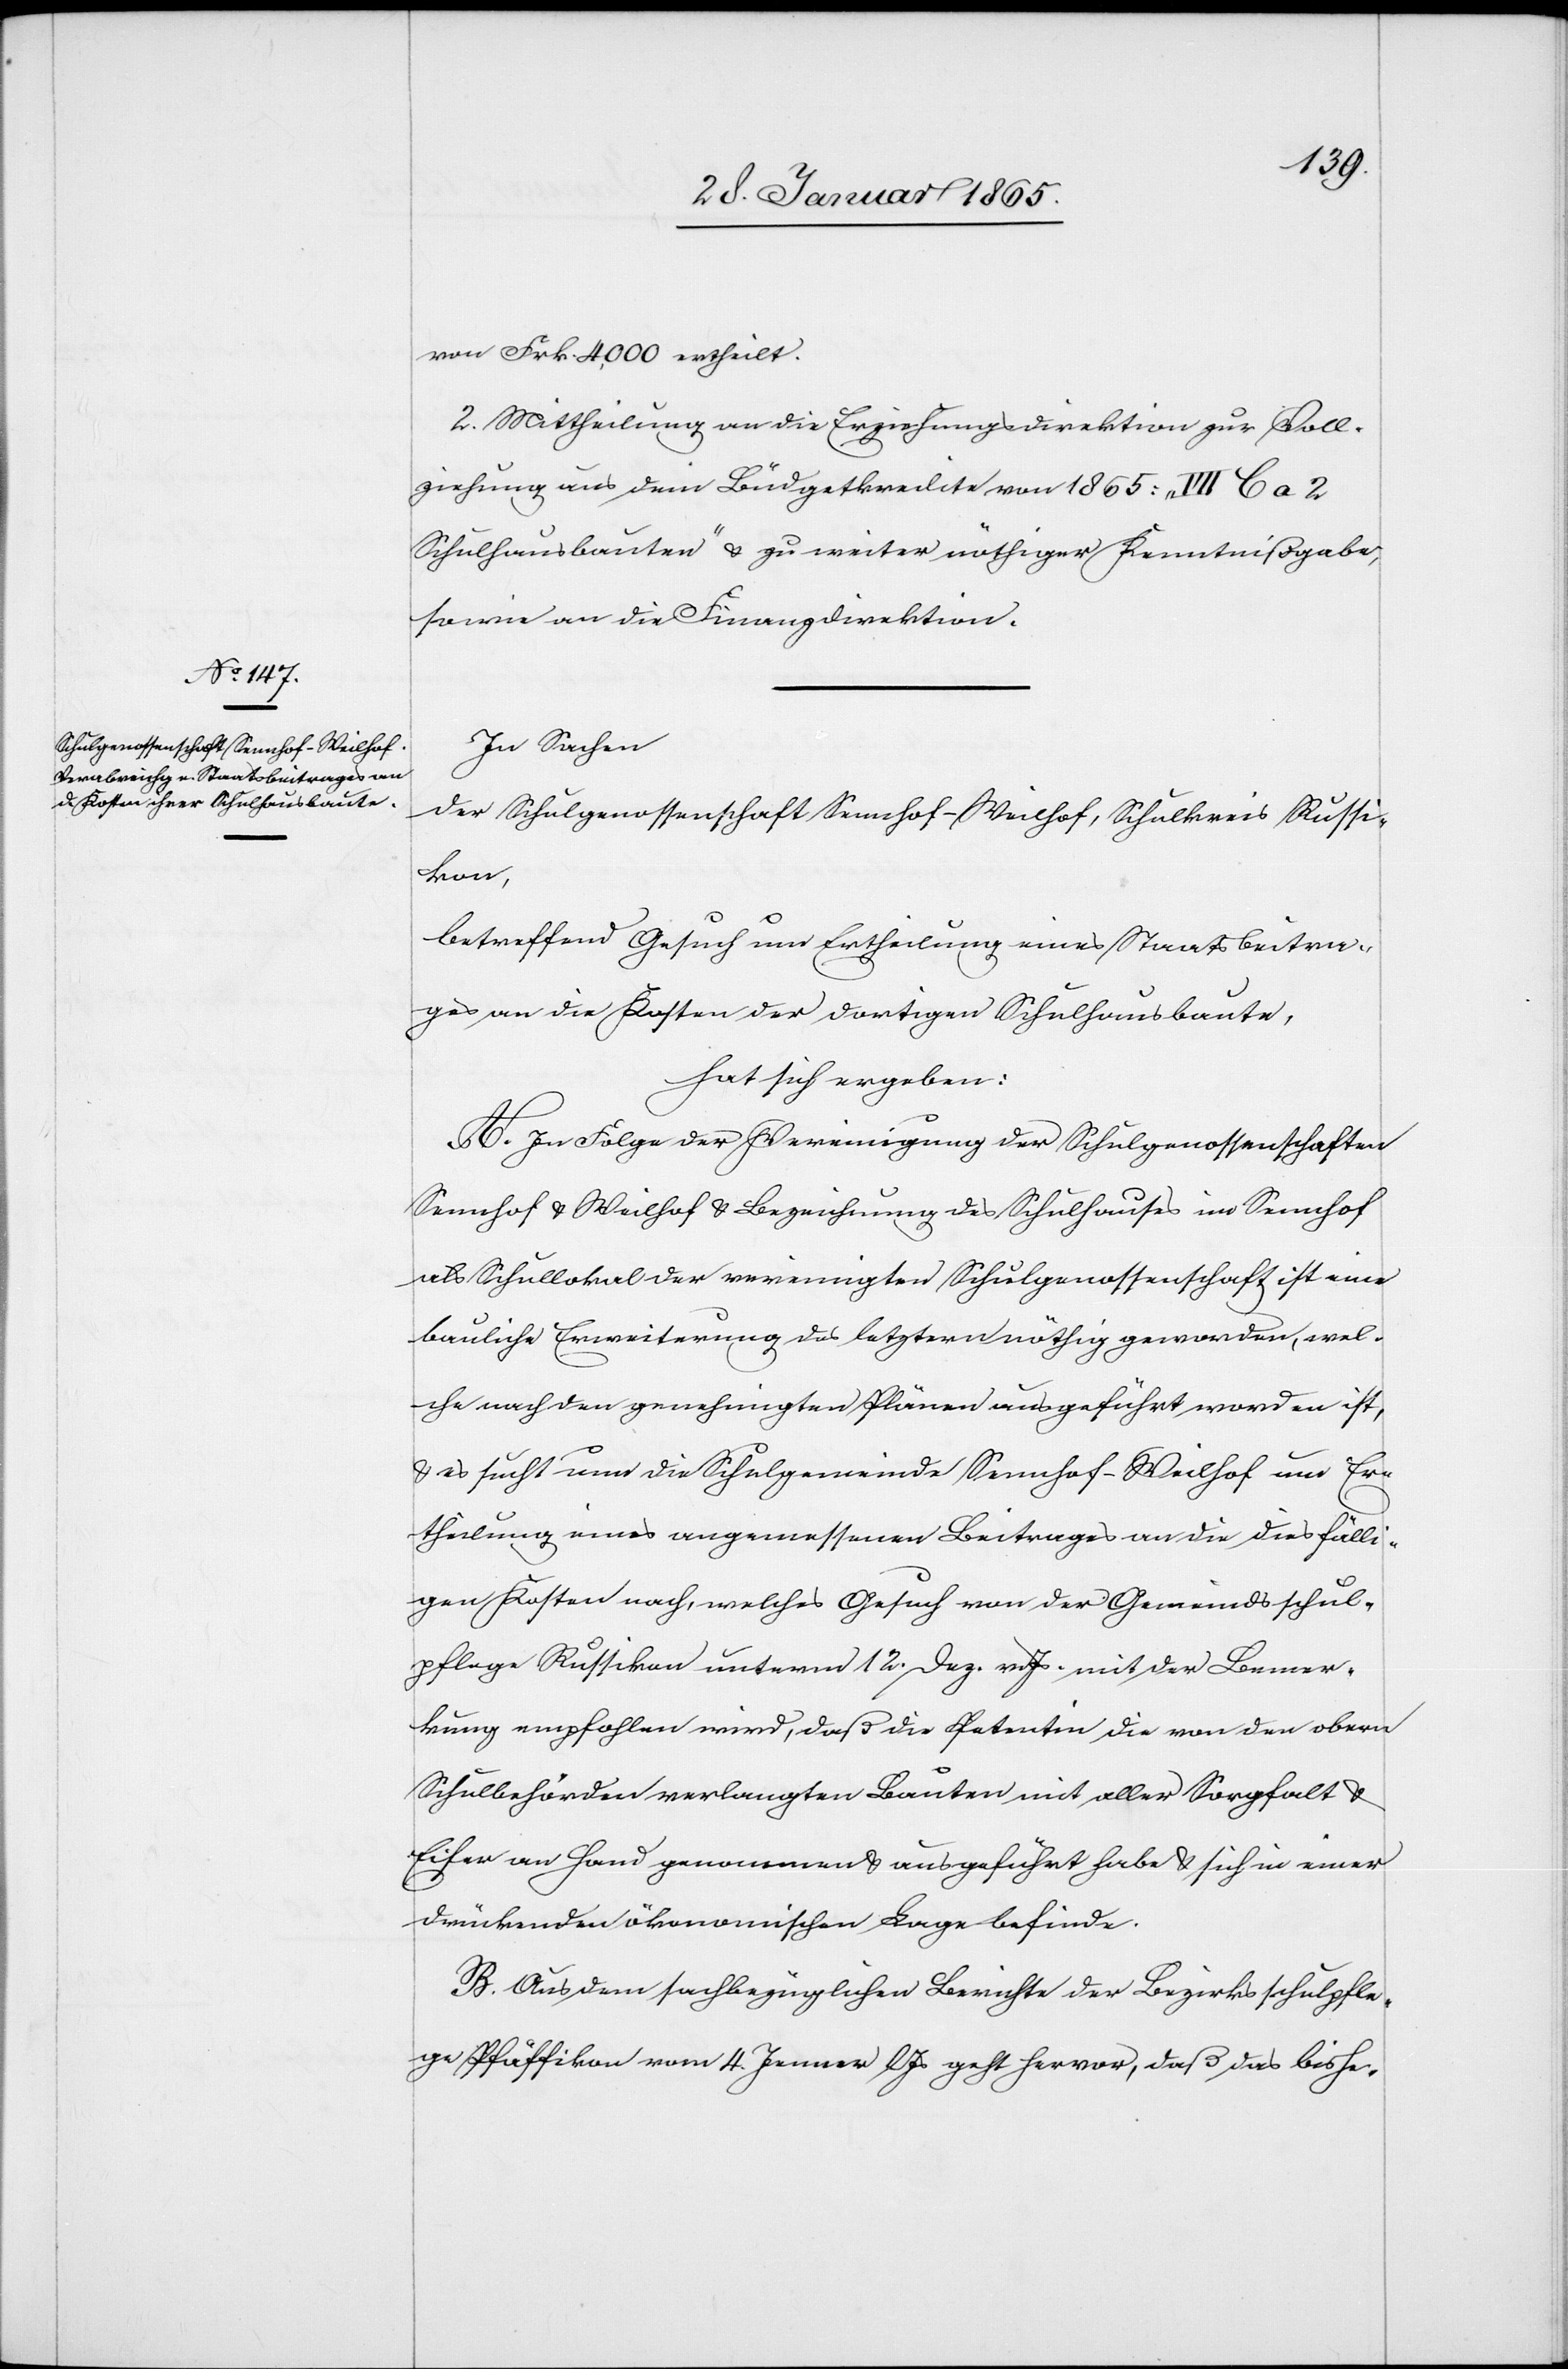
von Frk. 4,000 ertheilt.
2. Mittheilung an die Erziehungsdirektion zur Voll¬
ziehung aus dem Büdgetkredite von 1865: „III b a 2
Schulhausbauten“ u. zu weiter nöthiger Kenntnißgabe,
sowie an die Finanzdirektion.
In Sachen
der Schulgenossenschaft Sennhof-Weilhof, Schulkreis Russi¬
kon,
betreffend Gesuch um Ertheilung eines Staatsbeitra¬
ges an die Kosten der dortigen Schulhausbaute,
hat sich ergeben:
A. In Folge der Vereinigung der Schulgenossenschaft
Sennhof u. Weilhof u. Bezeichnung des Schulhauses im Sennhof
als Schullokal der vereinigten Schulgenossenschaft ist eine
bauliche Erweiterung des letztern nöthig geworden, wel¬
che nach den genehmigten Plänen ausgeführt worden ist,
u. es sucht nun die Schulgemeinde Sennhof-Weilhof um Er¬
theilung eines angemessenen Beitrages an die diesfälli¬
gen Kosten nach, welches Gesuch von der Gemeindsschul¬
pflege Russikon unterm 12. Dez. v. Js. mit der Bemer¬
kung empfohlen wird, daß die Petentin die von den obern
Schulbehörden verlangten Bauten mit aller Sorgfalt u.
Eifer an Hand genommen u. ausgeführt habe u. sich in einer
drückenden ökonomischen Lage befinde.
B. Aus dem sachbezüglichen Berichte der Bezirksschulpfle¬
ge Pfäffikon vom 4. Jenner l Js geht hervor, daß das bishe-